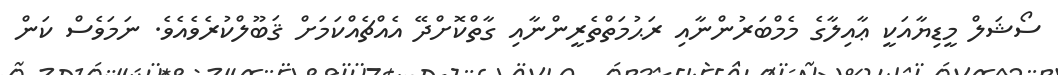
ސޯޝަލް މީޑިޔާއަކީ ޢާއިލާގެ މެމްބަރުންނާއި ރަޙުމަތްތެރީންނާއި ގާތްކޮށްދޭ އެއްޗެއްކަމަށް ޤަބޫލްކުރެވެއެވެ. ނަމަވެސް ކަން